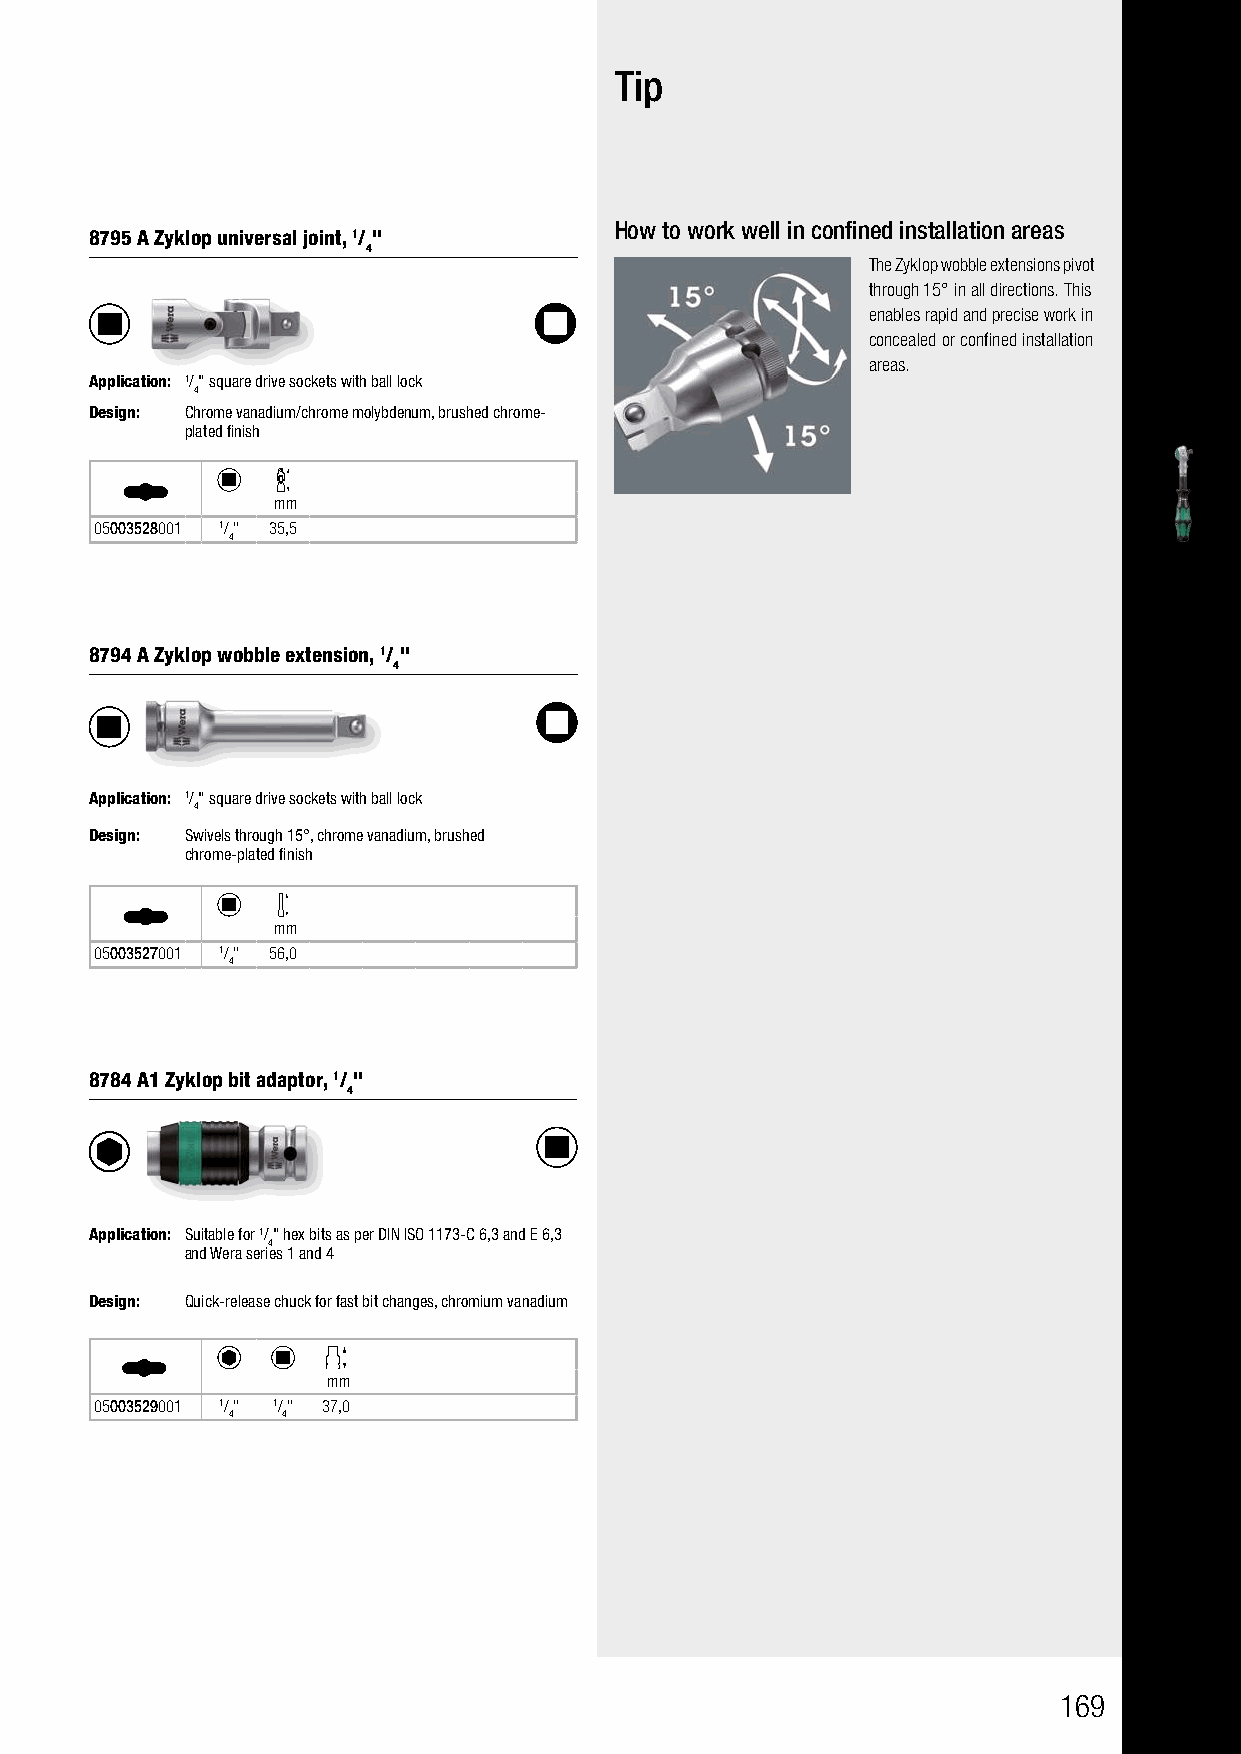
Tip
 How to work well in confined installation areas
 8795 A Zyklop universal joint, 1/ "
 4
 The Zyklop wobble extensions pivot
 through 15° in all directions. This
 enables rapid and precise work in
 concealed or confined installation
 areas.
 Application: 1/" square drive sockets with ball lock
 4
 Design: Chrome vanadium/chrome molybdenum, brushed chrome-
 plated finish
 mm
 05003528001 1/" 35,5
 4
 8794 A Zyklop wobble extension, 1/ "
 4
 Application: 1/" square drive sockets with ball lock
 4
 Design: Swivels through 15°, chrome vanadium, brushed
 chrome-plated finish
 mm
 05003527001 1/" 56,0
 4
 8784 A1 Zyklop bit adaptor, 1/ "
 4
 Application: Suitable for 1/" hex bits as per DIN ISO 1173-C 6,3 and E 6,3
 4
 and Wera series 1 and 4
 Design: Quick-release chuck for fast bit changes, chromium vanadium
 mm
 05003529001 1/" 1/" 37,0
 4   4
 169